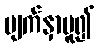
မျက်နှာမူ၍